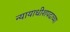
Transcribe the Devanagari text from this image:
न्यायाधीशपदाच्या